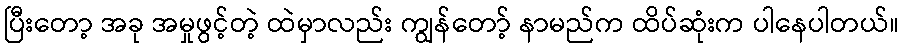
ပြီးတော့ အခု အမှုဖွင့်တဲ့ ထဲမှာလည်း ကျွန်တော့် နာမည်က ထိပ်ဆုံးက ပါနေပါတယ်။